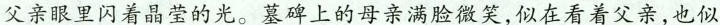
父亲眼里闪着晶莹的光。墓碑上的母亲满脸微笑,似在看着父亲,也似